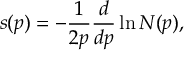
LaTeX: s ( p ) = - { \frac { 1 } { 2 p } } { \frac { d } { d p } } \ln N ( p ) ,